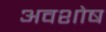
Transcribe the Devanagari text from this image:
अवशोष